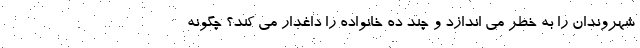
شهروندان را به خطر می اندازد و چند ده خانواده را داغدار می کند؟ چگونه